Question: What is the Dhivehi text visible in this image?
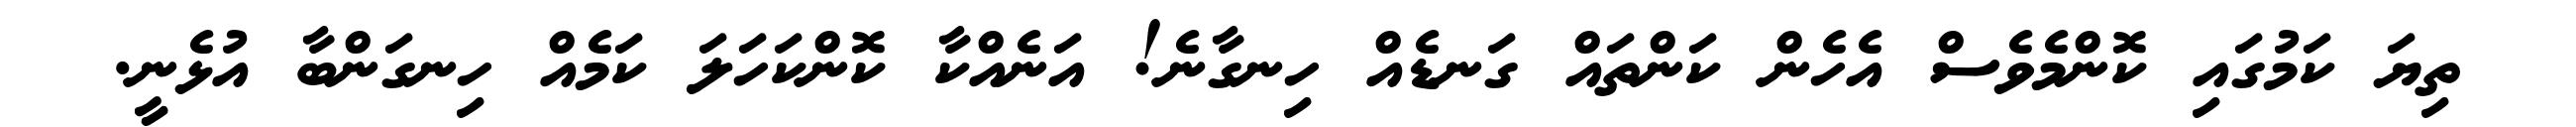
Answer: ތިޔަ ކަމުގައި ކޮންމެވެސް އެހެން ކަންތައް ގަނޑެއް ހިނގާނެ! އަނެއްކާ ކޮންކަހަލަ ކަމެއް ހިނގަންބާ އުޅެނީ.